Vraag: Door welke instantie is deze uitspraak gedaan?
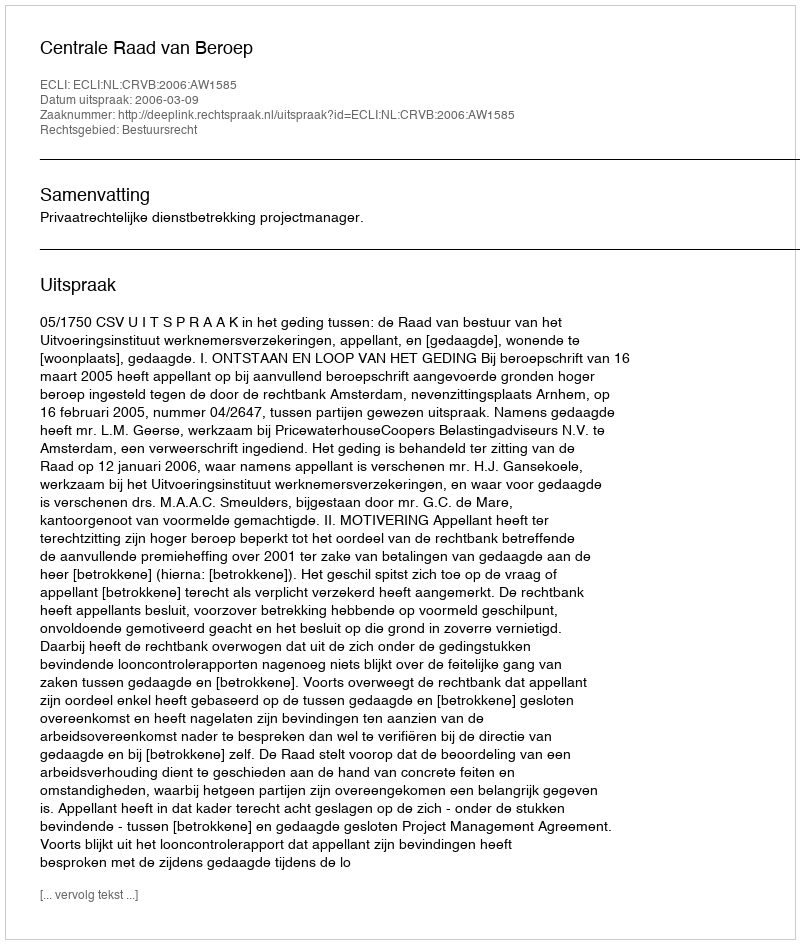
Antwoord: Centrale Raad van Beroep